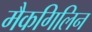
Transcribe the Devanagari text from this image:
मैकगिलिन